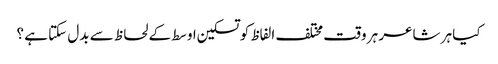
کیا ہر شاعر ہر وقت مختلف الفاظ کو تسکین اوسط کے لحاظ سے بدل سکتا ہے ؟